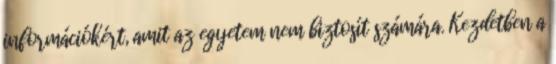
információkért, amit az egyetem nem biztosít számára. Kezdetben a